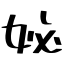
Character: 妼